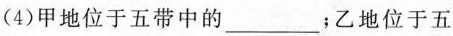
(4)甲地位于五带中的___；乙地位于五